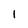
Character: l